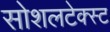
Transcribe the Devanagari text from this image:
सोशलटेक्स्ट